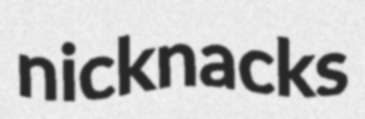
nicknacks